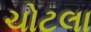
ચોટલા